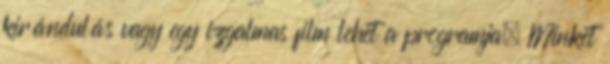
kirándulás vagy egy izgalmas film lehet a programja. Minket